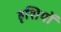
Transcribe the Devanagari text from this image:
हृशियों